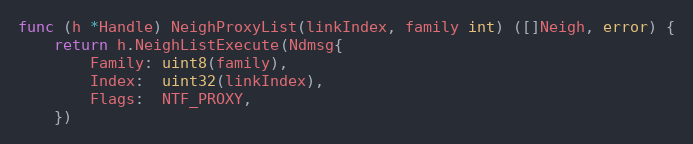
Language: Go
func (h *Handle) NeighProxyList(linkIndex, family int) ([]Neigh, error) {
	return h.NeighListExecute(Ndmsg{
		Family: uint8(family),
		Index:  uint32(linkIndex),
		Flags:  NTF_PROXY,
	})